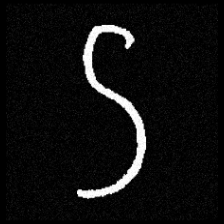
Pyu character \u2014 Myanmar letter: ဌ (romanized: ttha)